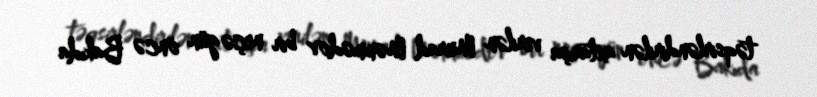
təqsirləndirilən axtarışa verilən Murad Məmmədov bir neçə gün öncə Bakıda